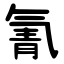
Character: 氰